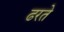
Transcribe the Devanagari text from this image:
ढरते